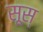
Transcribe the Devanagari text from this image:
सूस्